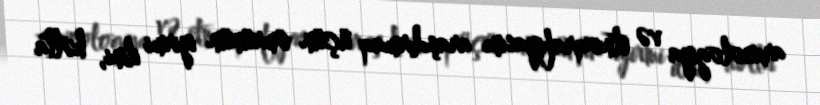
arxeologiya və etnoqrafiyasını araşdırmaq üçün ömrünün iyirmi ilini, hətta